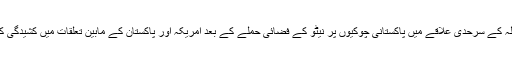
گزشتہ سال چھبیس نومبر کو مہمند ایجنسی میں سلالہ کے سرحدی علاقے میں پاکستانی چوکیوں پر نیٹو کے فضائی حملے کے بعد امریکہ اور پاکستان کے مابین تعلقات میں کشیدگی کی وجہ سے ڈرون حملوں کا سلسلہ روک دیا گیا تھا۔